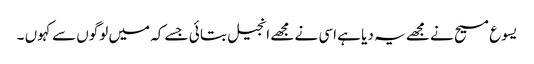
یسوع مسیح نے مجھے یہ دیا ہے اسی نے مجھے انجیل بتا ئی جسے کہ میں لوگوں سے کہوں ۔